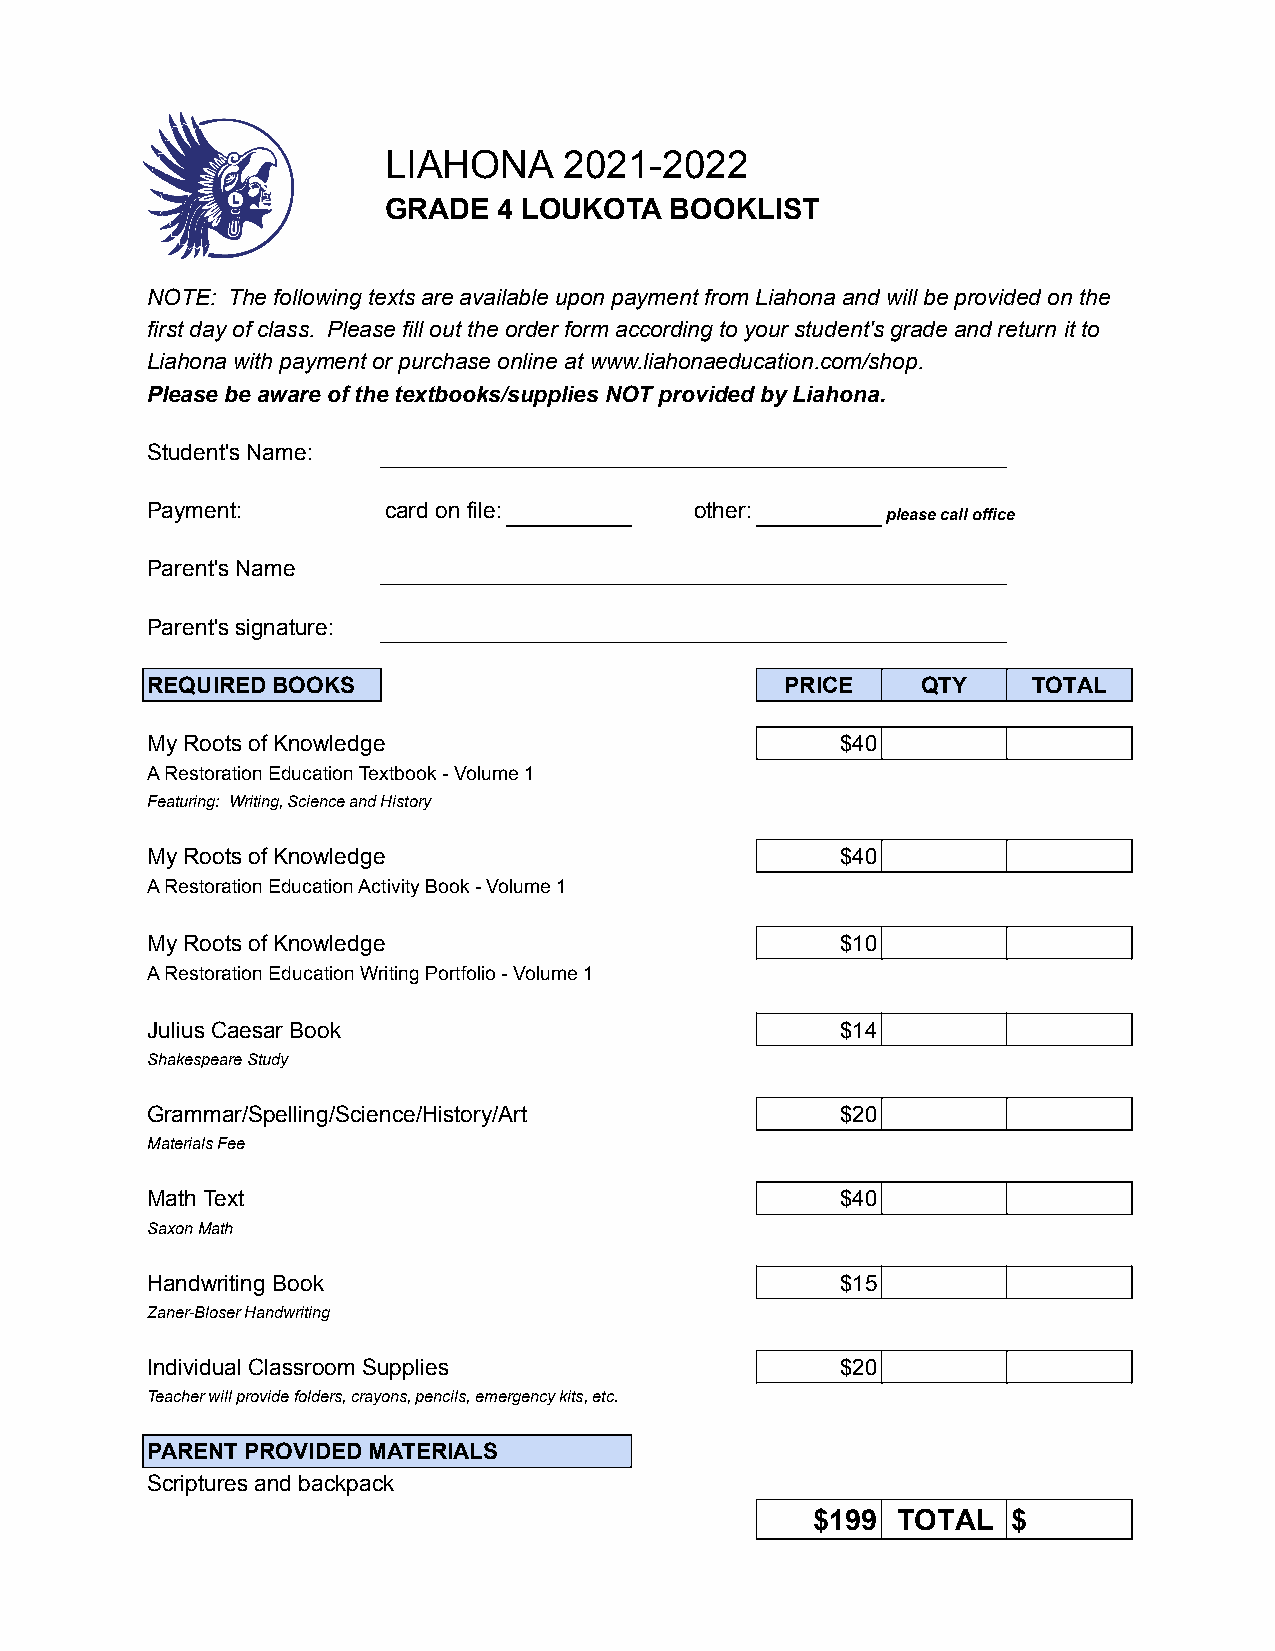
LIAHONA    2021-2022
 GRADE  4 LOUKOTA  BOOKLIST
 NOTE: The following texts are available upon payment from Liahona and will be provided on the
 first day of class. Please fill out the order form according to your student's grade and return it to
 Liahona with payment or purchase online at www.liahonaeducation.com/shop.
 Please be aware of the textbooks/supplies NOT provided by Liahona.
 Student's Name:
 Payment:        card on file:       other:
 please call office
 Parent's Name
 Parent's signature:
 REQUIRED BOOKS                            PRICE    QTY    TOTAL
 My Roots of Knowledge                         $40
 A Restoration Education Textbook - Volume 1
 Featuring: Writing, Science and History
 My Roots of Knowledge                         $40
 A Restoration Education Activity Book - Volume 1
 My Roots of Knowledge                         $10
 A Restoration Education Writing Portfolio - Volume 1
 Julius Caesar Book                            $14
 Shakespeare Study
 Grammar/Spelling/Science/History/Art          $20
 Materials Fee
 Math Text                                     $40
 Saxon Math
 Handwriting Book                              $15
 Zaner-Bloser Handwriting
 Individual Classroom Supplies                 $20
 Teacher will provide folders, crayons, pencils, emergency kits, etc.
 PARENT PROVIDED MATERIALS
 Scriptures and backpack
 $199 TOTAL   $